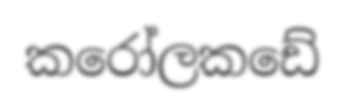
කරෝලකඩේ